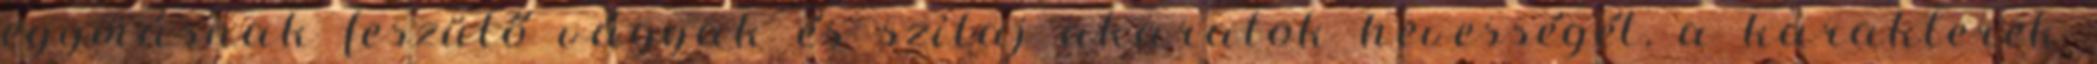
egymásnak feszülő vágyak és szilaj akaratok hevességét, a karakterek